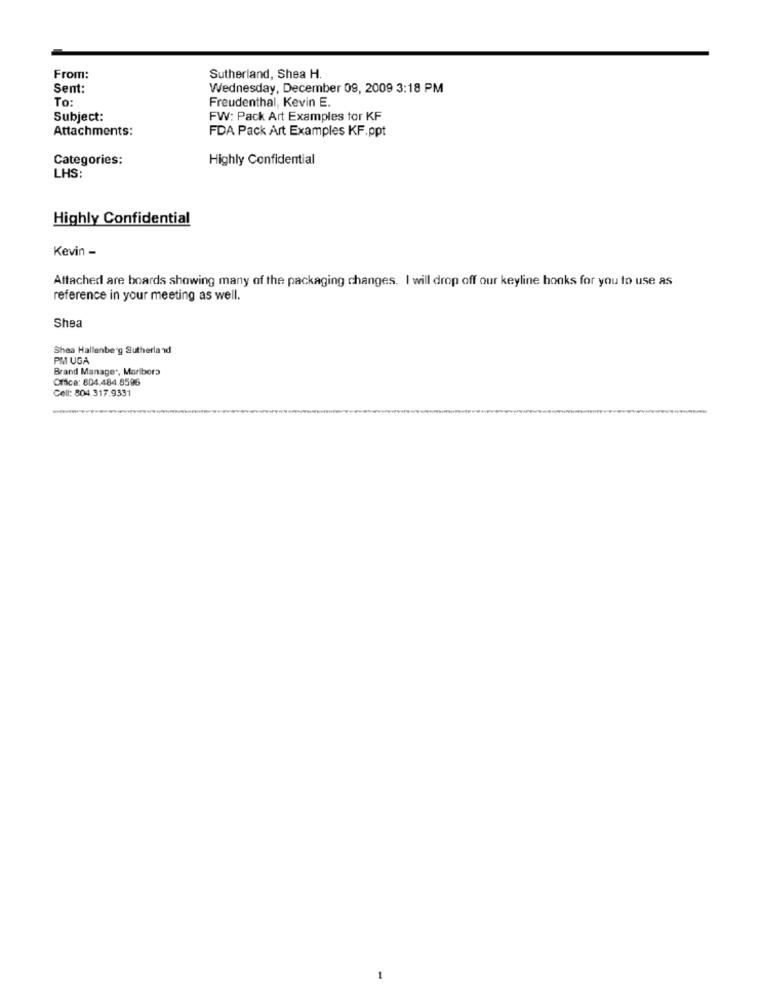
From:
Sutherland, Shea H.
Sent:
Wednesday, December 09, 2009 3:18 PM
To:
Freudenthal, Kevin E.
Subject:
FW: Pack Art Examples tor KF
Attachments:
FDA Pack Art Examples KF.ppt
Categories:
Highly Confidential
LHS:
Highly Confidential
Kevin -
Attached are boards showing many of the packaging changes. I will drop off our keyline honks for you to use as
reference in your meeting as well.
Shea
Shea Hallenberg Sutherland
PMI UGA
Brand Manager, Maribora
Office: 804.484.8596
Cell: 804.317.9331
-